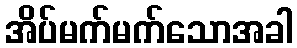
အိပ်မက်မက်သောအခါ